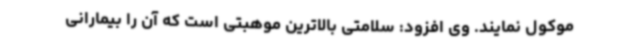
موکول نمایند. وی افزود: سلامتی بالاترین موهبتی است که آن را بیمارانی